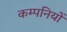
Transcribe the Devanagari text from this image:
कम्पनियोँ